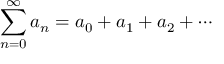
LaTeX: \sum _ { n = 0 } ^ { \infty } a _ { n } = a _ { 0 } + a _ { 1 } + a _ { 2 } + \cdots